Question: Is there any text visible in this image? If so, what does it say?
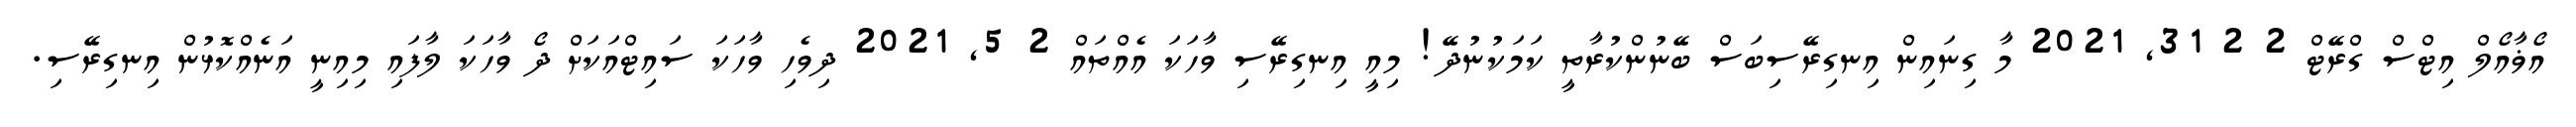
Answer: އޯޥާއޯލް އިޓްސް ގްރޭޓް 2 2 31, 2021 މާ ގިނައިން އިނގިރޭސިބަސް ބޭނުންކުރާތީ ކަމަކުނުދޭ! މިއީ އިނގިރޭސި ވާހަކަ އެއްތައް 2 5, 2021 ދިވެހި ވާހަކަ ސައިޓްއަކަށް ދޯ ވާހަކަ ލާފައި މިއިނީ އަނެއްކޮޅުން އިނގިރޭސި.